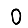
Digit: 0